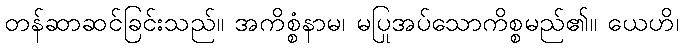
တန်ဆာဆင်ခြင်းသည်။ အကိစ္စံနာမ၊ မပြုအပ်သောကိစ္စမည်၏။ ယေဟိ၊